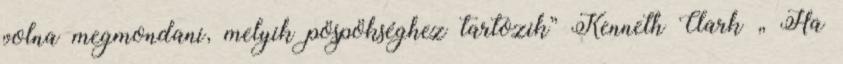
volna megmondani, melyik pöspökséghez tartozik” Kenneth Clark „ Ha